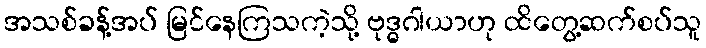
အသစ်ခန့်အပ် မြင်နေကြသကဲ့သို့ ဗုဒ္ဓဂါယာဟု ထိတွေ့ဆက်စပ်သူ